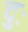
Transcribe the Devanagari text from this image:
दुः